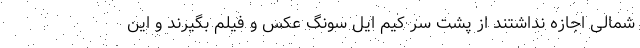
شمالی اجازه نداشتند از پشت سر کیم ایل سونگ عکس و فیلم بگیرند و این